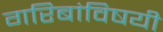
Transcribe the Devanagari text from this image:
गरिबांविषयी